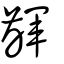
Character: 齳